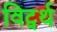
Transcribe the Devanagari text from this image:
विट्वर्थ